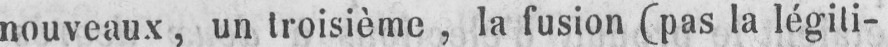
nouveaux, un troisième, la fusion (pas la légiti-